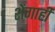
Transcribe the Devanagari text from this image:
शेंगाही